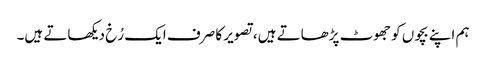
ہم اپنے بچوں کو جھوٹ پڑھاتے ہیں، تصویر کا صرف ایک رُخ دیکھاتے ہیں۔